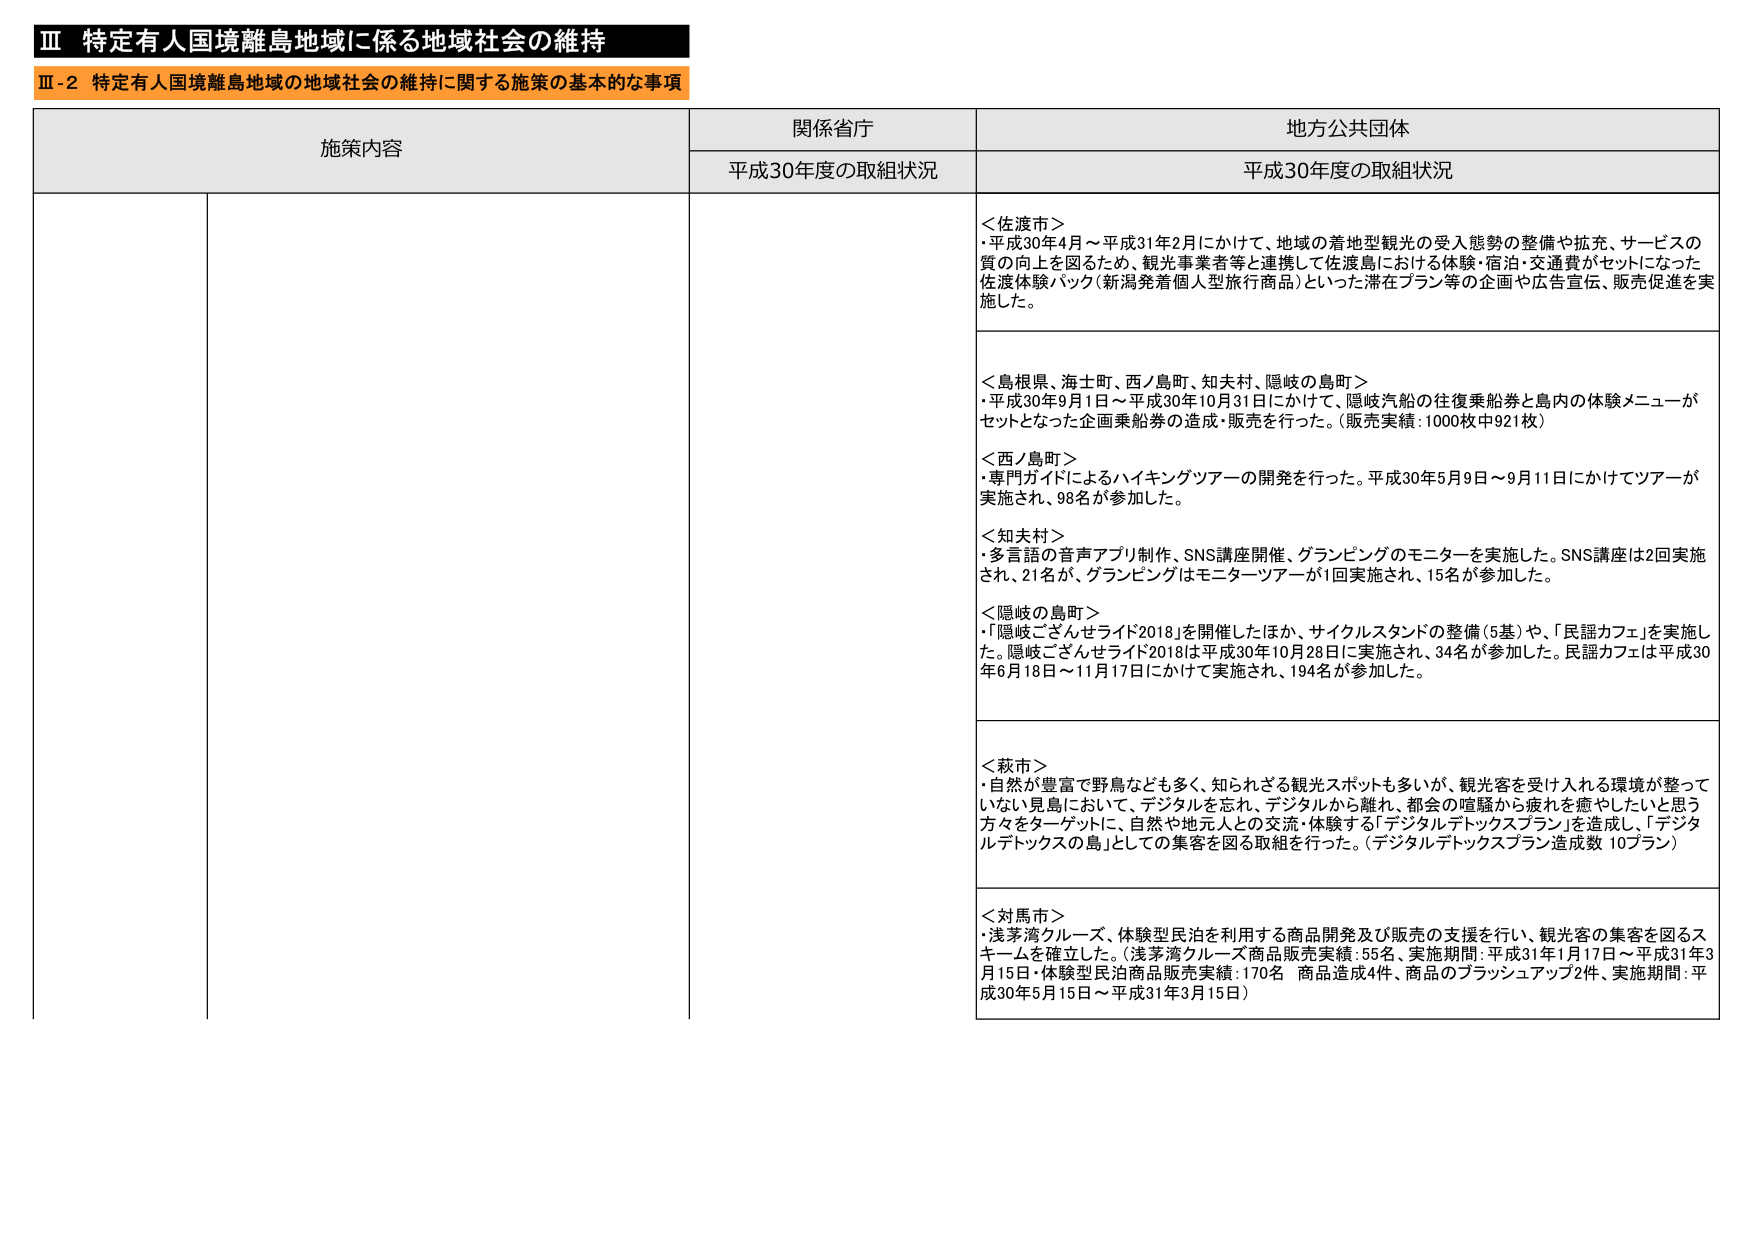
Ⅲ 特定有人国境離島地域に係る地域社会の維持
Ⅲ-2 特定有人国境離島地域の地域社会の維持に関する施策の基本的な事項

施策内容 関係省庁 地方公共団体
平成30年度の取組状況 平成30年度の取組状況

＜佐渡市＞
・平成30年4月～平成31年2月にかけて、地域の着地型観光の受入態勢の整備や拡充、サービスの質の向上を図るため、観光事業者等と連携して佐渡島における体験・宿泊・交通費がセットになった佐渡体験パック（新潟発着個人旅行商品）といった滞在プラン等の企画や広告宣伝、販売促進を実施した。

＜島根県、海士町、西ノ島町、知夫村、隠岐の島町＞
・平成30年9月1日～平成30年10月31日にかけて、隠岐汽船の往復乗船券と島内の体験メニューがセットとなった企画乗船券の造成・販売を行った。（販売実績：1000枚中921枚）

＜西ノ島町＞
・専門ガイドによるハイキングツアーの開発を行った。平成30年5月9日～9月11日にかけてツアーが実施され、98名が参加した。

＜知夫村＞
・多言語の音声アプリ制作、SNS講座開催、グランピングのモニターを実施した。SNS講座は2回実施され、21名が、グランピングはモニターツアーが1回実施され、15名が参加した。

＜隠岐の島町＞
・「隠岐ごさんせライド2018」を開催したほか、サイクルスタンドの整備（5基）や、「民謡カフェ」を実施した。隠岐ごさんせライド2018は平成30年10月28日に実施され、34名が参加した。民謡カフェは平成30年6月18日～11月17日にかけて実施され、194名が参加した。

＜萩市＞
・自然が豊富で野鳥なども多く、知られざる観光スポットも多いが、観光客を受け入れる環境が整っていない見島において、デジタルを忘れ、デジタルから離れ、都会の喧騒から疲れを癒やしたいと思う方々をターゲットに、自然や地元人との交流・体験する「デジタルデトックスプラン」を造成し、「デジタルデトックスの島」としての集客を図る取組を行った。（デジタルデトックスプラン造成数 10プラン）

＜対馬市＞
・浅茅湾クルーズ、体験型民泊を利用する商品開発及び販売の支援を行い、観光客の集客を図るスキームを確立した。（浅茅湾クルーズ商品販売実績：55名、実施期間：平成31年1月17日～平成31年3月15日・体験型民泊商品販売実績：170名 商品造成4件、商品のブラッシュアップ2件、実施期間：平成30年5月15日～平成31年3月15日）